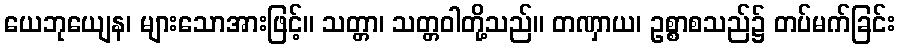
ယေဘုယျေန၊ များသောအားဖြင့်။ သတ္တာ၊ သတ္တဝါတို့သည်။ တဏှာယ၊ ဥစ္စာစသည်၌ တပ်မက်ခြင်း